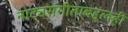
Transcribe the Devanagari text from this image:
नाट्यसंगीताबद्दलही